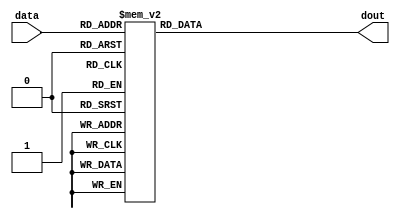
// `timescale 1ns / 1ps
//////////////////////////////////////////////////////////////////////////////////
// Company: 
// Engineer: 
// 
// Design Name: 
// Module Name:    sbox 
// Project Name: 
// Target Devices: 
// Tool versions: 
// Description: 
//
// Dependencies: 
//
// Revision: 
// Revision 0.01 - File Created
// Additional Comments: 
//
//////////////////////////////////////////////////////////////////////////////////

module sbox(data,dout);
	 input [7:0] data;
	 output reg [7:0] dout;
	 
	 always@(data)
	 begin
	 
	 
	 case (data)          //substitution table
       8'h00              : dout <= 8'h63;
       8'h01              : dout <= 8'h7c;
       8'h02              : dout <= 8'h77;
       8'h03              : dout <= 8'h7b;
       8'h04              : dout <= 8'hf2;
       8'h05              : dout <= 8'h6b;
       8'h06              : dout <= 8'h6f;
       8'h07              : dout <= 8'hc5;
       8'h08              : dout <= 8'h30;
       8'h09              : dout <= 8'h01;
       8'h0a              : dout <= 8'h67;
       8'h0b              : dout <= 8'h2b;
       8'h0c              : dout <= 8'hfe;
       8'h0d              : dout <= 8'hd7;
       8'h0e              : dout <= 8'hab;
       8'h0f              : dout <= 8'h76;
    /****************************************/
       8'h10              : dout <= 8'hca;
       8'h11              : dout <= 8'h82;
       8'h12              : dout <= 8'hc9;
       8'h13              : dout <= 8'h7d;
       8'h14              : dout <= 8'hfa;
       8'h15              : dout <= 8'h59;
       8'h16              : dout <= 8'h47;
       8'h17              : dout <= 8'hf0;
       8'h18              : dout <= 8'had;
       8'h19              : dout <= 8'hd4;
       8'h1a              : dout <= 8'ha2;
       8'h1b              : dout <= 8'haf;
       8'h1c              : dout <= 8'h9c;
       8'h1d              : dout <= 8'ha4;
       8'h1e              : dout <= 8'h72;
       8'h1f              : dout <= 8'hc0;
    /**********************************************/
       8'h20              : dout <= 8'hb7;
       8'h21              : dout <= 8'hfd;
       8'h22              : dout <= 8'h93;
       8'h23              : dout <= 8'h26;
       8'h24              : dout <= 8'h36;
       8'h25              : dout <= 8'h3f;
       8'h26              : dout <= 8'hf7;
       8'h27              : dout <= 8'hcc;
       8'h28              : dout <= 8'h34;
       8'h29              : dout <= 8'ha5;
       8'h2a              : dout <= 8'he5;
       8'h2b              : dout <= 8'hf1;
       8'h2c              : dout <= 8'h71;
       8'h2d              : dout <= 8'hd8;
       8'h2e              : dout <= 8'h31;
       8'h2f              : dout <= 8'h15;
    /*****************************************/
       8'h30              : dout <= 8'h04;
       8'h31              : dout <= 8'hc7;
       8'h32              : dout <= 8'h23;
       8'h33              : dout <= 8'hc3;
       8'h34              : dout <= 8'h18;
       8'h35              : dout <= 8'h96;
       8'h36              : dout <= 8'h05;
       8'h37              : dout <= 8'h9a;
       8'h38              : dout <= 8'h07;
       8'h39              : dout <= 8'h12;
       8'h3a              : dout <= 8'h80;
       8'h3b              : dout <= 8'he2;
       8'h3c              : dout <= 8'heb;
       8'h3d              : dout <= 8'h27;
       8'h3e              : dout <= 8'hb2;
       8'h3f              : dout <= 8'h75;
    /*******************************************/
       8'h40              : dout <= 8'h09;
       8'h41              : dout <= 8'h83;
       8'h42              : dout <= 8'h2c;
       8'h43              : dout <= 8'h1a;
       8'h44              : dout <= 8'h1b;
       8'h45              : dout <= 8'h6e;
       8'h46              : dout <= 8'h5a;
       8'h47              : dout <= 8'ha0;
       8'h48              : dout <= 8'h52;
       8'h49              : dout <= 8'h3b;
       8'h4a              : dout <= 8'hd6;
       8'h4b              : dout <= 8'hb3;
       8'h4c              : dout <= 8'h29;
       8'h4d              : dout <= 8'he3;
       8'h4e              : dout <= 8'h2f;
       8'h4f              : dout <= 8'h84;
    /**********************************************/
       8'h50              : dout <= 8'h53;
       8'h51              : dout <= 8'hd1;
       8'h52              : dout <= 8'h00;
       8'h53              : dout <= 8'hed;
       8'h54              : dout <= 8'h20;
       8'h55              : dout <= 8'hfc;
       8'h56              : dout <= 8'hb1;
       8'h57              : dout <= 8'h5b;
       8'h58              : dout <= 8'h6a;
       8'h59              : dout <= 8'hcb;
       8'h5a              : dout <= 8'hbe;
       8'h5b              : dout <= 8'h39;
       8'h5c              : dout <= 8'h4a;
       8'h5d              : dout <= 8'h4c;
       8'h5e              : dout <= 8'h58;
       8'h5f              : dout <= 8'hcf;
       /****************************************/
       8'h60              : dout <= 8'hd0;
       8'h61              : dout <= 8'hef;
       8'h62              : dout <= 8'haa;
       8'h63              : dout <= 8'hfb;
       8'h64              : dout <= 8'h43;
       8'h65              : dout <= 8'h4d;
       8'h66              : dout <= 8'h33;
       8'h67              : dout <= 8'h85;
       8'h68              : dout <= 8'h45;
       8'h69              : dout <= 8'hf9;
       8'h6a              : dout <= 8'h02;
       8'h6b              : dout <= 8'h7f;
       8'h6c              : dout <= 8'h50;
       8'h6d              : dout <= 8'h3c;
       8'h6e              : dout <= 8'h9f;
       8'h6f              : dout <= 8'ha8;
    /*********************************************/
       8'h70              : dout <= 8'h51;
       8'h71              : dout <= 8'ha3;
       8'h72              : dout <= 8'h40;
       8'h73              : dout <= 8'h8f;
       8'h74              : dout <= 8'h92;
       8'h75              : dout <= 8'h9d;
       8'h76              : dout <= 8'h38;
       8'h77              : dout <= 8'hf5;
       8'h78              : dout <= 8'hbc;
       8'h79              : dout <= 8'hb6;
       8'h7a              : dout <= 8'hda;
       8'h7b              : dout <= 8'h21;
       8'h7c              : dout <= 8'h10;
       8'h7d              : dout <= 8'hff;
       8'h7e              : dout <= 8'hf3;
       8'h7f              : dout <= 8'hd2;
    /********************************************/
       8'h80              : dout <= 8'hcd;
       8'h81              : dout <= 8'h0c;
       8'h82              : dout <= 8'h13;
       8'h83              : dout <= 8'hec;
       8'h84              : dout <= 8'h5f;
       8'h85              : dout <= 8'h97;
       8'h86              : dout <= 8'h44;
       8'h87              : dout <= 8'h17;
       8'h88              : dout <= 8'hc4;
       8'h89              : dout <= 8'ha7;
       8'h8a              : dout <= 8'h7e;
       8'h8b              : dout <= 8'h3d;
       8'h8c              : dout <= 8'h64;
       8'h8d              : dout <= 8'h5d;
       8'h8e              : dout <= 8'h19;
       8'h8f              : dout <= 8'h73;
 /***********************************************/
       8'h90              : dout <= 8'h60;
       8'h91              : dout <= 8'h81;
       8'h92              : dout <= 8'h4f;
       8'h93              : dout <= 8'hdc;
       8'h94              : dout <= 8'h22;
       8'h95              : dout <= 8'h2a;
       8'h96              : dout <= 8'h90;
       8'h97              : dout <= 8'h88;
       8'h98              : dout <= 8'h46;
       8'h99              : dout <= 8'hee;
       8'h9a              : dout <= 8'hb8;
       8'h9b              : dout <= 8'h14;
       8'h9c              : dout <= 8'hde;
       8'h9d              : dout <= 8'h5e;
       8'h9e              : dout <= 8'h0b;
       8'h9f              : dout <= 8'hdb;
      /******************************************/
       8'ha0              : dout <= 8'he0;
       8'ha1              : dout <= 8'h32;
       8'ha2              : dout <= 8'h3a;
       8'ha3              : dout <= 8'h0a;
       8'ha4              : dout <= 8'h49;
       8'ha5              : dout <= 8'h06;
       8'ha6              : dout <= 8'h24;
       8'ha7              : dout <= 8'h5c;
       8'ha8              : dout <= 8'hc2;
       8'ha9              : dout <= 8'hd3;
       8'haa              : dout <= 8'hac;
       8'hab              : dout <= 8'h62;
       8'hac              : dout <= 8'h91;
       8'had              : dout <= 8'h95;
       8'hae              : dout <= 8'he4;
       8'haf              : dout <= 8'h79;
    /******************************************/
       8'hb0              : dout <= 8'he7;
       8'hb1              : dout <= 8'hc8;
       8'hb2              : dout <= 8'h37;
       8'hb3              : dout <= 8'h6d;
       8'hb4              : dout <= 8'h8d;
       8'hb5              : dout <= 8'hd5;
       8'hb6              : dout <= 8'h4e;
       8'hb7              : dout <= 8'ha9;
       8'hb8              : dout <= 8'h6c;
       8'hb9              : dout <= 8'h56;
       8'hba              : dout <= 8'hf4;
       8'hbb              : dout <= 8'hea;
       8'hbc              : dout <= 8'h65;
       8'hbd              : dout <= 8'h7a;
       8'hbe              : dout <= 8'hae;
       8'hbf              : dout <= 8'h08;
    /****************************************/
       8'hc0              : dout <= 8'hba;
       8'hc1              : dout <= 8'h78;
       8'hc2              : dout <= 8'h25;
       8'hc3              : dout <= 8'h2e;
       8'hc4              : dout <= 8'h1c;
       8'hc5              : dout <= 8'ha6;
       8'hc6              : dout <= 8'hb4;
       8'hc7              : dout <= 8'hc6;
       8'hc8              : dout <= 8'he8;
       8'hc9              : dout <= 8'hdd;
       8'hca              : dout <= 8'h74;
       8'hcb              : dout <= 8'h1f;
       8'hcc              : dout <= 8'h4b;
       8'hcd              : dout <= 8'hbd;
       8'hce              : dout <= 8'h8b;
       8'hcf              : dout <= 8'h8a;
    /****************************************/
       8'hd0              : dout <= 8'h70;
       8'hd1              : dout <= 8'h3e;
       8'hd2              : dout <= 8'hb5;
       8'hd3              : dout <= 8'h66;
       8'hd4              : dout <= 8'h48;
       8'hd5              : dout <= 8'h03;
       8'hd6              : dout <= 8'hf6;
       8'hd7              : dout <= 8'h0e;
       8'hd8              : dout <= 8'h61;
       8'hd9              : dout <= 8'h35;
       8'hda              : dout <= 8'h57;
       8'hdb              : dout <= 8'hb9;
       8'hdc              : dout <= 8'h86;
       8'hdd              : dout <= 8'hc1;
       8'hde              : dout <= 8'h1d;
       8'hdf              : dout <= 8'h9e;
    /*******************************************/
       8'he0              : dout <= 8'he1;
       8'he1              : dout <= 8'hf8;
       8'he2              : dout <= 8'h98;
       8'he3              : dout <= 8'h11;
       8'he4              : dout <= 8'h69;
       8'he5              : dout <= 8'hd9;
       8'he6              : dout <= 8'h8e;
       8'he7              : dout <= 8'h94;
       8'he8              : dout <= 8'h9b;
       8'he9              : dout <= 8'h1e;
       8'hea              : dout <= 8'h87;
       8'heb              : dout <= 8'he9;
       8'hec              : dout <= 8'hce;
       8'hed              : dout <= 8'h55;
       8'hee              : dout <= 8'h28;
       8'hef              : dout <= 8'hdf;
    /****************************************/
       8'hf0              : dout <= 8'h8c;
       8'hf1              : dout <= 8'ha1;
       8'hf2              : dout <= 8'h89;
       8'hf3              : dout <= 8'h0d;
       8'hf4              : dout <= 8'hbf;
       8'hf5              : dout <= 8'he6;
       8'hf6              : dout <= 8'h42;
       8'hf7              : dout <= 8'h68;
       8'hf8              : dout <= 8'h41;
       8'hf9              : dout <= 8'h99;
       8'hfa              : dout <= 8'h2d;
       8'hfb              : dout <= 8'h0f;
       8'hfc              : dout <= 8'hb0;
       8'hfd              : dout <= 8'h54;
       8'hfe              : dout <= 8'hbb;
       8'hff              : dout <= 8'h16;
       default            : dout <= 8'h00;
endcase
end
endmodule